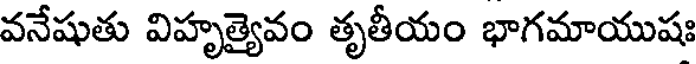
వనేషుతు విహృత్యైవం తృతీయం భాగమాయుషః